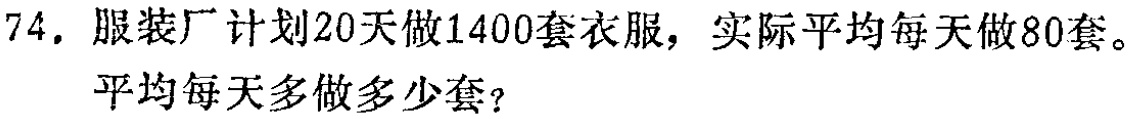
74. 服装厂计划20天做1400套衣服，实际平均每天做80套。

平均每天多做多少套？